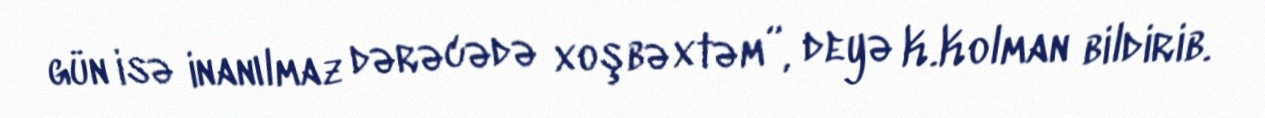
gün isə inanılmaz dərəcədə xoşbəxtəm”, deyə K.Kolman bildirib.